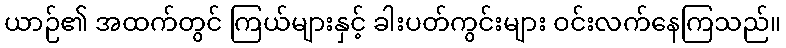
ယာဉ်၏ အထက်တွင် ကြယ်များနှင့် ခါးပတ်ကွင်းများ ဝင်းလက်နေကြသည်။